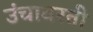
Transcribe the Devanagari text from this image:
उंचावरती